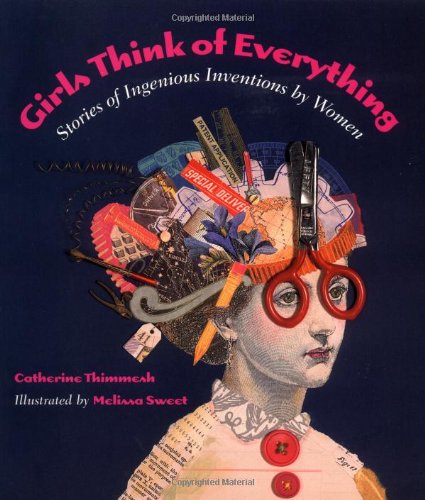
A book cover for Girls Think of Everything: Stories of Ingenious Inventions by Women; Catherine Thimmesh; Science & Math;